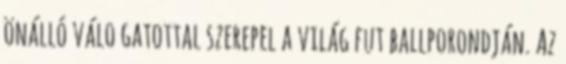
önálló válo­ gatottal szerepel a világ fut­ ballporondján. Az